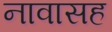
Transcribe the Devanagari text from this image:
नावासह